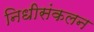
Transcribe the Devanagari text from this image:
निधीसंकलन